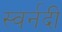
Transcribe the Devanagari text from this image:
स्वर्नदी